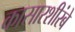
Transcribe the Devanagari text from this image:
कासारशीरंबे